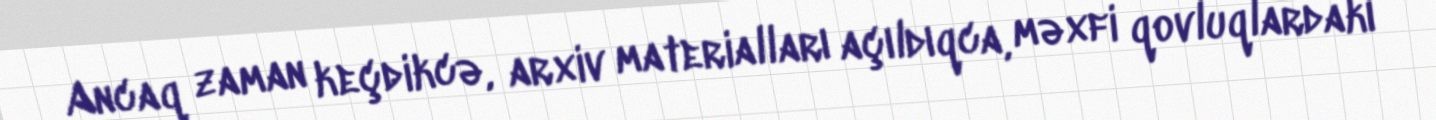
Ancaq zaman keçdikcə, arxiv materialları açıldıqca, məxfi qovluqlardakı